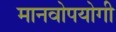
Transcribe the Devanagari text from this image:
मानवोपयोगी